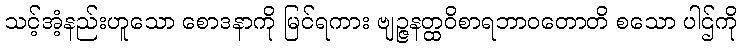
သင့်အံ့နည်းဟူသော စောဒနာကို မြင်ရကား ဗျဉ္ဇနတ္ထဝိစာရဘာဝတောတိ စသော ပါဌ်ကို